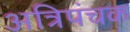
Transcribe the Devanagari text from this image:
अत्रिपंचक